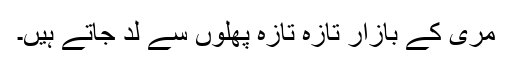
مری کے بازار تازہ تازہ پھلوں سے لد جاتے ہیں۔